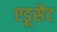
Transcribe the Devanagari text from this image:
एडूसैट